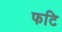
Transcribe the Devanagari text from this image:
फटि